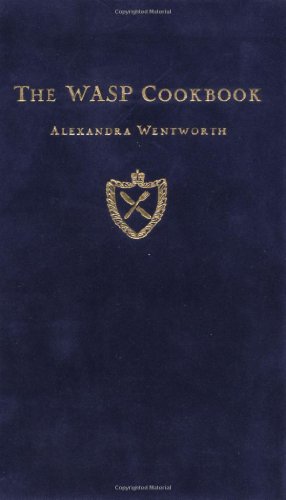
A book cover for The Wasp Cookbook; Alexandra Wentworth; Humor & Entertainment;